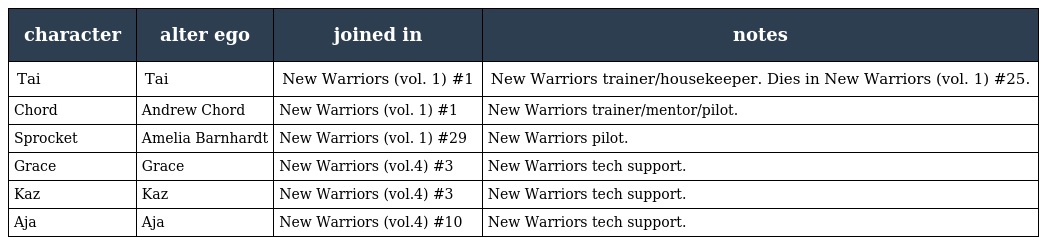
| character | alter ego | joined in | notes |
 | --- | --- | --- | --- |
 | Tai | Tai | New Warriors (vol. 1) #1 | New Warriors trainer/housekeeper. Dies in New Warriors (vol. 1) #25. |
 | Chord | Andrew Chord | New Warriors (vol. 1) #1 | New Warriors trainer/mentor/pilot. |
 | Sprocket | Amelia Barnhardt | New Warriors (vol. 1) #29 | New Warriors pilot. |
 | Grace | Grace | New Warriors (vol.4) #3 | New Warriors tech support. |
 | Kaz | Kaz | New Warriors (vol.4) #3 | New Warriors tech support. |
 | Aja | Aja | New Warriors (vol.4) #10 | New Warriors tech support. |